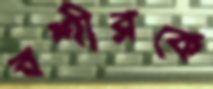
বশীরকে